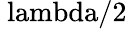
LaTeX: \mathrm{\ lambda/2}